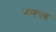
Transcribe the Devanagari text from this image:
पानपत्र